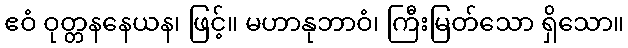
ဧဝံ ဝုတ္တနနေယန၊ ဖြင့်။ မဟာနုဘာဝံ၊ ကြီးမြတ်သော ရှိသော။